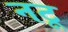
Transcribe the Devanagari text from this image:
नटू